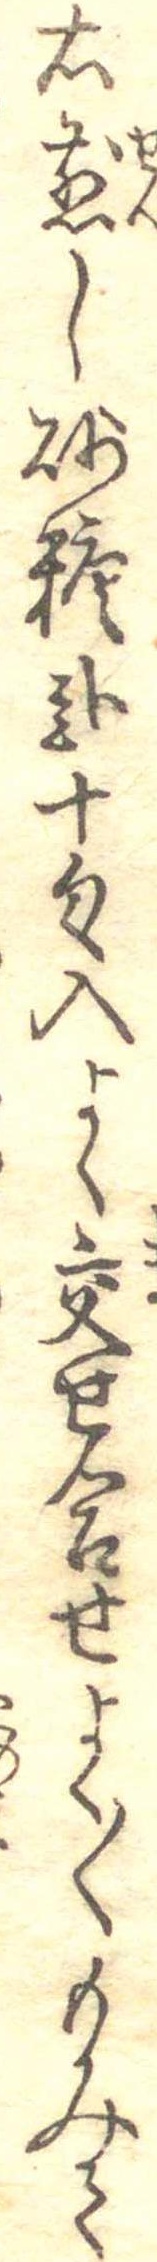
右煎し砂糖弐十匁入よく交せ合せよく〱もみて